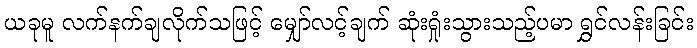
ယခုမူ လက်နက်ချလိုက်သဖြင့် မျှော်လင့်ချက် ဆုံးရှုံးသွားသည့်ပမာ ရွှင်လန်းခြင်း